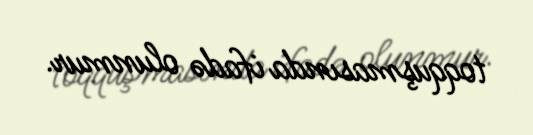
toqquşmasında ifadə olunmur.